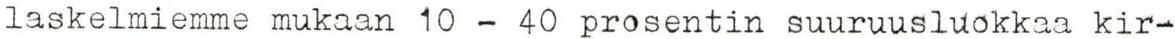
laskelmiemme mukaan 10 - 40 prosentin suuruusluokkaa kir-